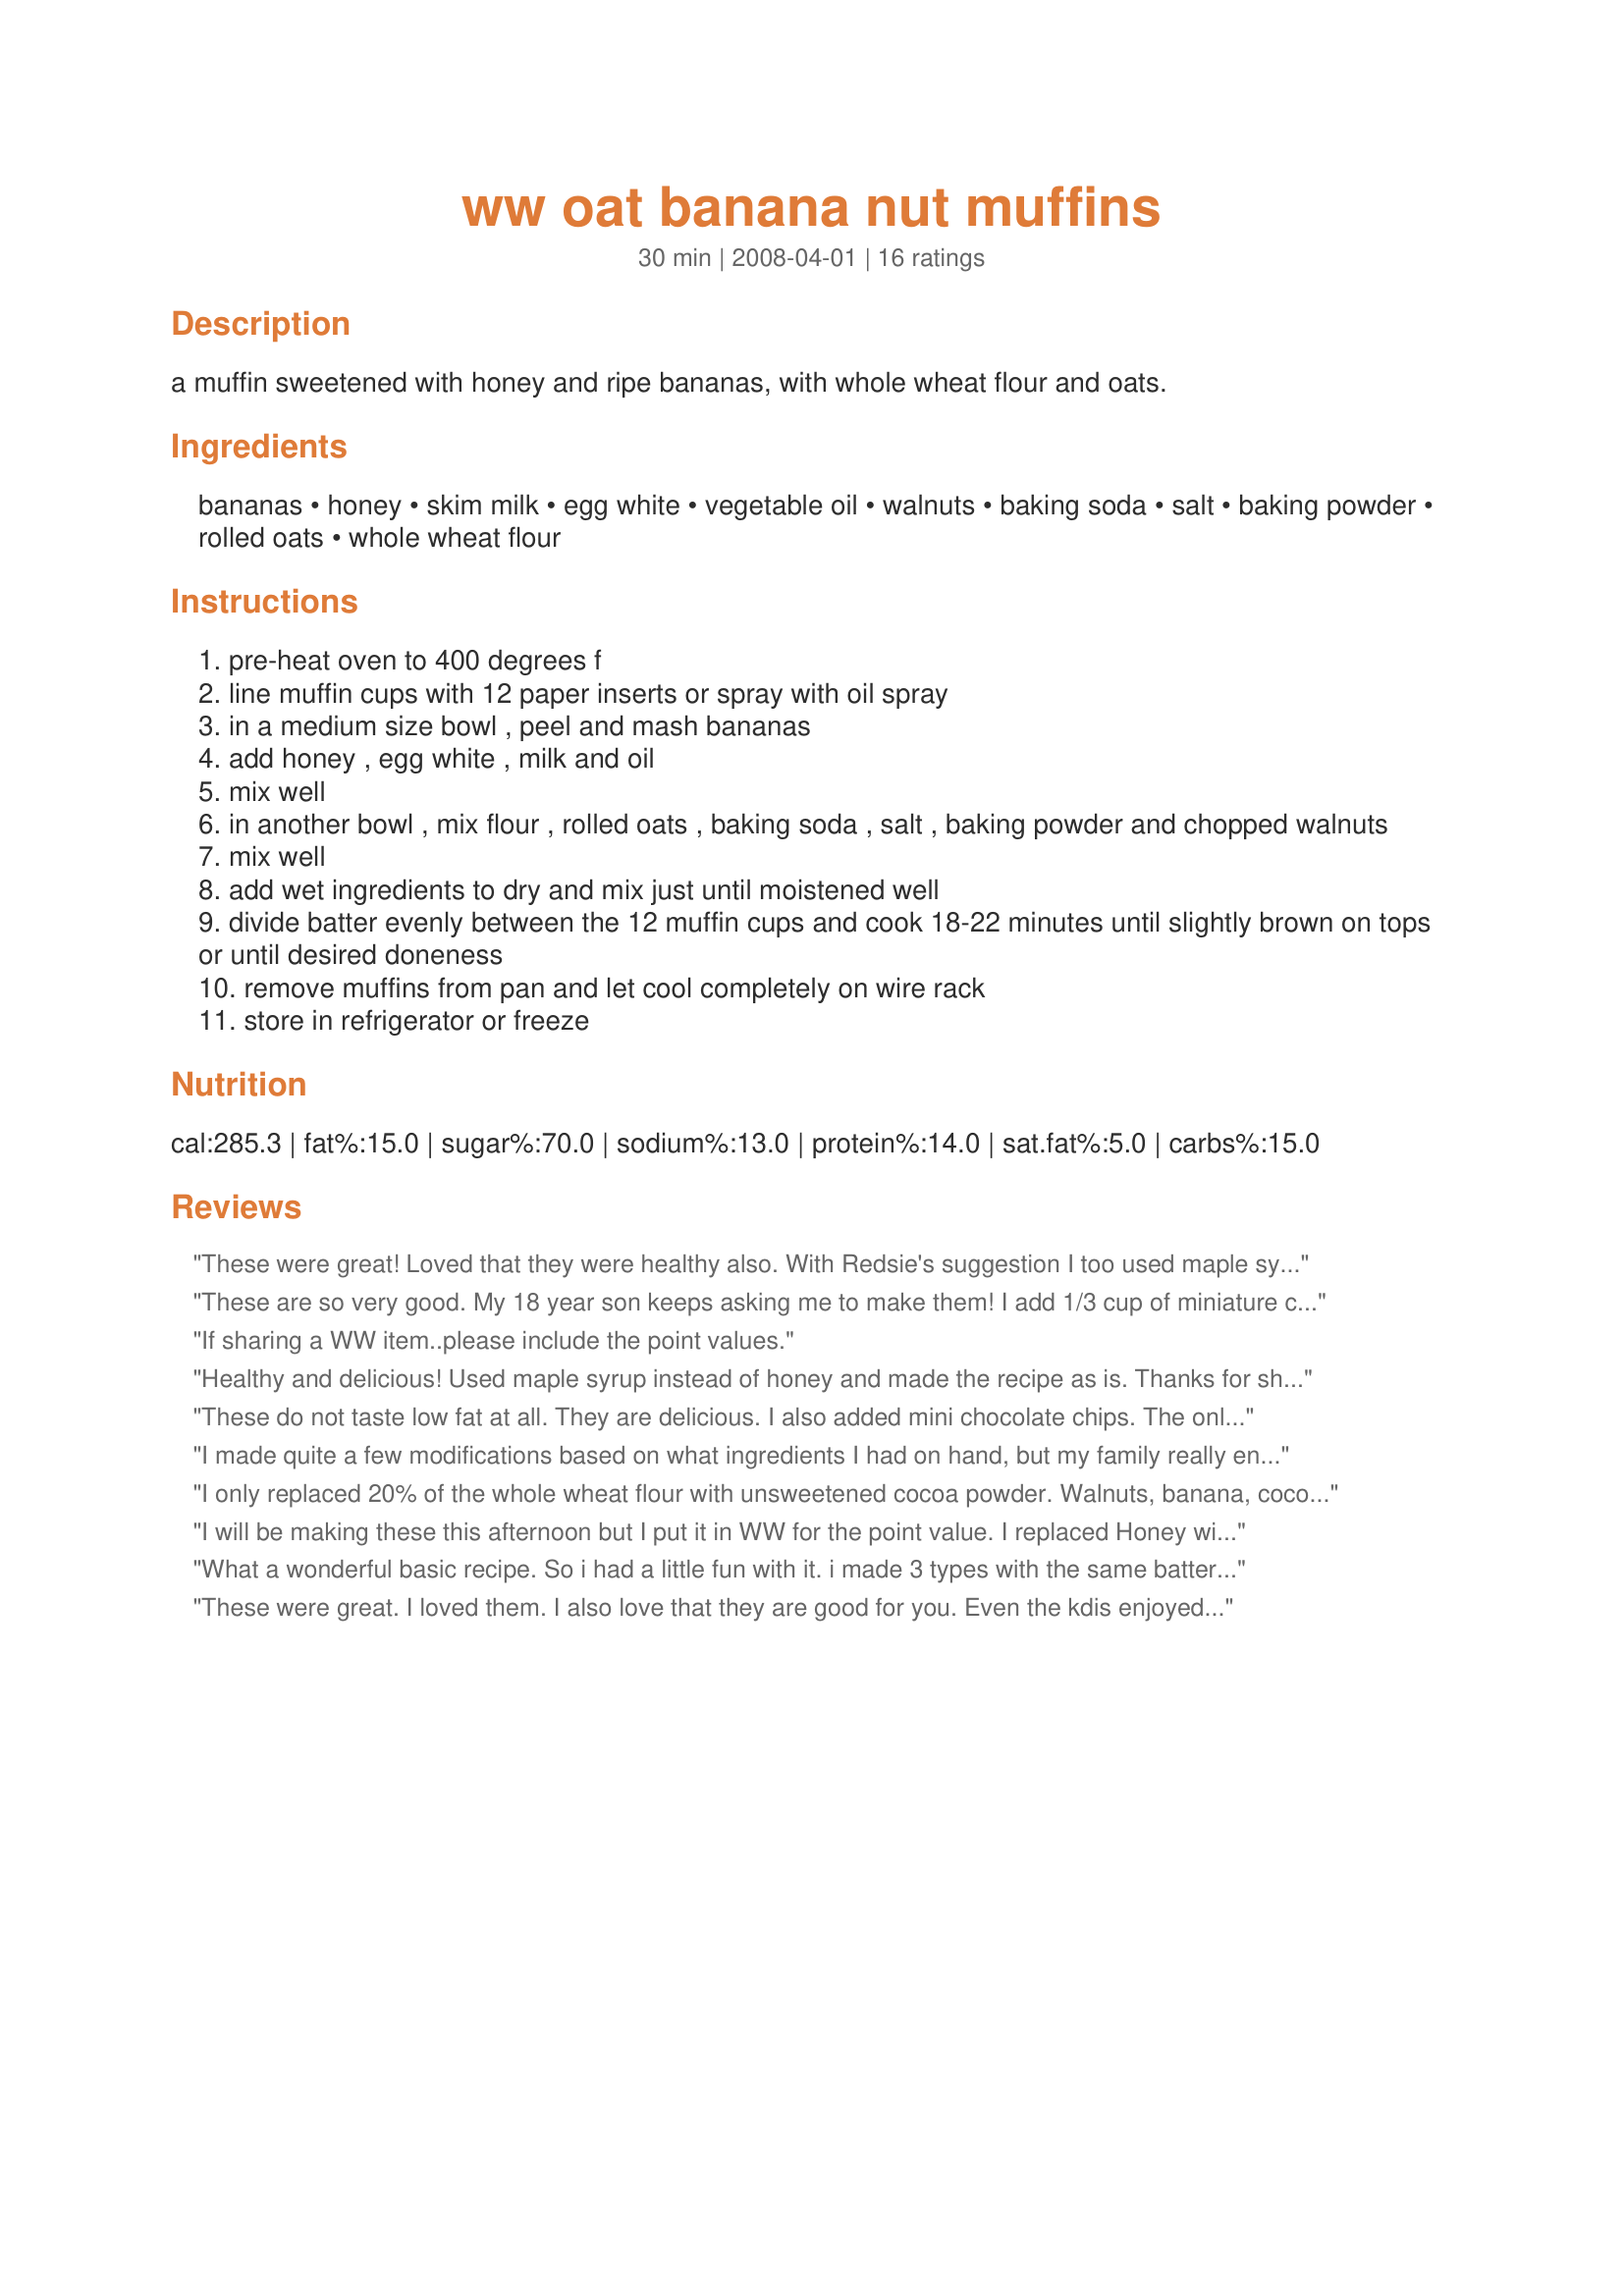
ww oat banana nut muffins
Preparation time: 30 minutes

a muffin sweetened with honey and ripe bananas, with whole wheat flour and oats.

Ingredients:
bananas, honey, skim milk, egg white, vegetable oil, walnuts, baking soda, salt, baking powder, rolled oats, whole wheat flour

Steps:
pre-heat oven to 400 degrees f
line muffin cups with 12 paper inserts or spray with oil spray
in a medium size bowl , peel and mash bananas
add honey , egg white , milk and oil
mix well
in another bowl , mix flour , rolled oats , baking soda , salt , baking powder and chopped walnuts
mix well
add wet ingredients to dry and mix just until moistened well
divide batter evenly between the 12 muffin cups and cook 18-22 minutes until slightly brown on tops or until desired doneness
remove muffins from pan and let cool completely on wire rack
store in refrigerator or freeze

Reviews:
These were great! Loved that they were healthy also. With Redsie's suggestion I too used maple syrup (also because we had no honey) they were fantastic!
These are so very good. My 18 year son keeps asking me to make them! I add 1/3 cup of miniature chocolate chips. The weight watchers point value is 5, if you include the chocolate chips. I took them to work and they were a hit there, as well! Thanks for the recipe, birdgirl58!
If sharing a WW item..please include the point values.
Healthy and delicious! Used maple syrup instead of honey and made the recipe as is. Thanks for sharing!
These do not taste low fat at all. They are delicious. I also added mini chocolate chips. The only problem I had is being able to only eat just one. Will definitely make them again.
I made quite a few modifications based on what ingredients I had on hand, but my family really enjoyed this recipe. I used 3 very ripe bananas, about 3 T of honey, added a splash of vanilla extract, and 1/2 cup of Greek yogurt in place of the milk. I also added a brown sugar oat streusel since I was afraid the muffins wouldn&#039;t be sweet enough (I had nothing to worry about). The muffins were a little dense due to the whole wheat, but they rose beautifully and had a lovely golden color. They were flavorful and very moist so I will definitely make these again!
I only replaced 20% of the whole wheat flour with unsweetened cocoa powder. Walnuts, banana, cocoa and honey flavors together make a delicious mix, and the whole wheat flour and oats give it a much better texture than regular all purpuse flour
I will be making these this afternoon but I put it in WW for the point value. I replaced Honey with Maple Syrup and Milk with Almond Milk because that's what I have on hand. Each muffin will be 4 SP. Looking forward to it!
What a wonderful basic recipe. So i had a little fun with it. i made 3 types with the same batter. I added 1/2 cup of bran to the mix. I made a banana walnut, blueberry crumble by replacing the bananas with blueberries and topping with flour, butter and sugar mix on top prior to baking. last a cranberry delight with swirls of strawberry jam.....oh so yum. Thank you for healthy options :)
These were great. I loved them. I also love that they are good for you. Even the kdis enjoyed them without complaints. Thanks for a great recipe that rivals the ww store bought muffins for sure.
These turned out great! I made them as written, and I have 12 muffins. Can someone plz tell me how many points per muffin? I don&#039;t see it anywhere. Thx.
How many smart points in this banana muffin recipe?
Very tasty. I added lots of cinnamon and maple syrup. They were plenty sweet. I left out the vegetable oil by mistake but didn&#039;t miss it at all.
These were REALLY good! I made almost exactly as shown (with regular whole wheat flour) but used 2% milk instead of skimmed because that&#039;s all I had. I made the MINI muffins and expected them to be like lead because of the whole wheat flour. I LOVE THEM!
These are very good for being lowfat. I used whole wheat pastry flour, which helped keep them lighter. I will add some cinnamon next time, though, for a little extra zip. The texture was great.
I haven't actually made these yet, but I did check the points and they are 3.5 points ea. Also, you can use white whole wheat flour and it won't be quite as heavy and is still the same amount of points. My daughter is severely allergic to walnuts so I will omit them and that will save a full point. So, at 2.5 points a piece I can have 2 for breakfast!
